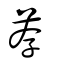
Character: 薦